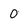
Character: 0